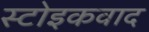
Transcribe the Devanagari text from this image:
स्टोइकवाद